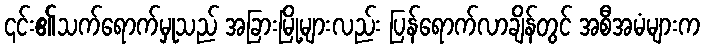
၎င်း၏သက်ရောက်မှုသည် အခြားမြို့များလည်း ပြန်ရောက်လာချိန်တွင် အစီအမံများက